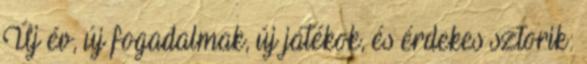
Új év, új fogadalmak, új játékok, és érdekes sztorik: